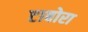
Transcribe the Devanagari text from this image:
टाबोरा